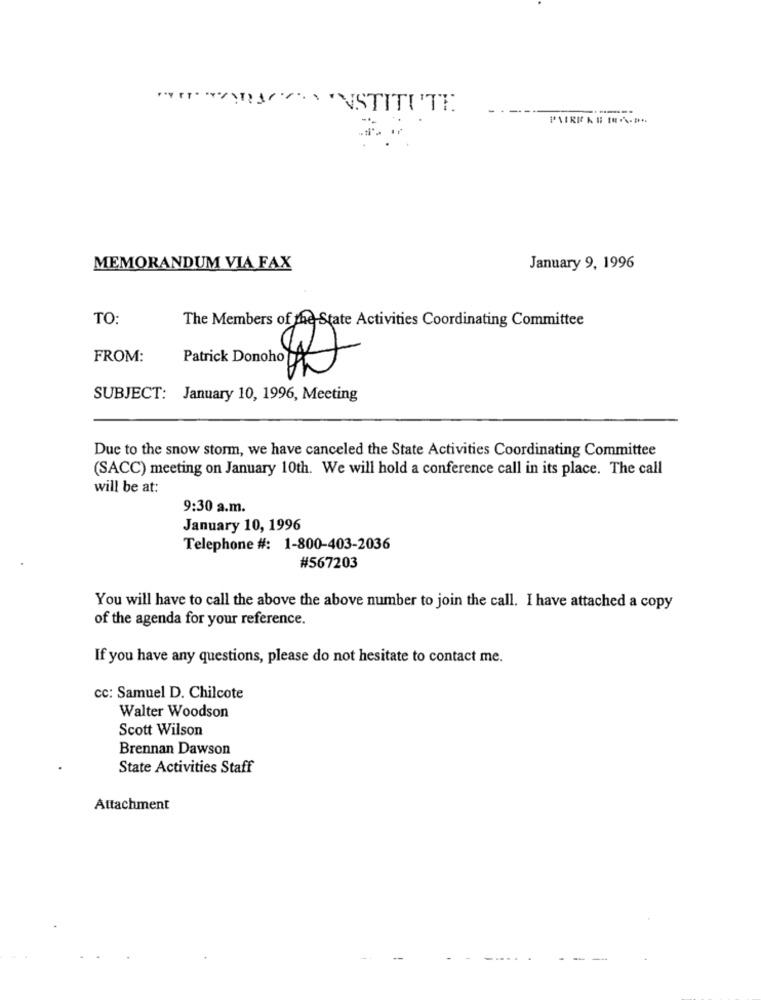
------
MEMORANDUM VIA FAX
January 9, 1996
TO:
The Members of the State Activities Coordinating Committee
FROM:
SUBJECT: January 10, 1996, Meeting
Due to the snow storm, we have canceled the State Activities Coordinating Committee
(SACC) meeting on January 10th. We will hold a conference call in its place. The call
will be at:
9:30 a.m.
January 10, 1996
Telephone #: 1-800-403-2036
#567203
You will have to call the above the above number to join the call. I have attached a copy
of the agenda for your reference.
If you have any questions, please do not hesitate to contact me.
cc: Samuel D. Chilcote
Walter Woodson
Scott Wilson
Brennan Dawson
State Activities Staff
Attachment
-